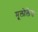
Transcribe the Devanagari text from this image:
मूलोलैंड